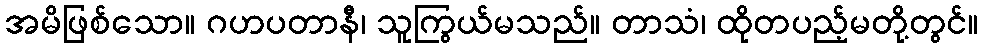
အမိဖြစ်သော။ ဂဟပတာနီ၊ သူကြွယ်မသည်။ တာသံ၊ ထိုတပည့်မတို့တွင်။